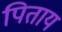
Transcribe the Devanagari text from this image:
पिताय